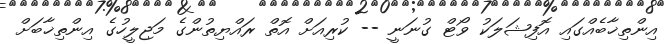
އިންތިޚާބެއްގައި އޮފިޝަލަކު ވޯޓް ގުނަނީ -- ކުރިއަށް އޮތް ރައްޔިތުންގެ މަޖިލީހުގެ އިންތިޚާބަށް